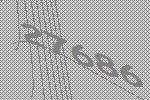
27686